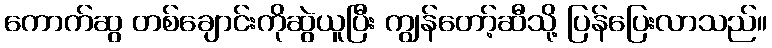
ကောက်ဆွ တစ်ချောင်းကိုဆွဲယူပြီး ကျွန်တော့်ဆီသို့ ပြန်ပြေးလာသည်။